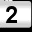
Digit: 2